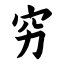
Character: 穷